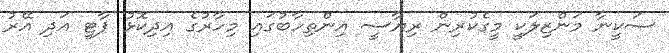
ސަކީނާ މަންޒިލަކީ މީގެކުރިން ރިޔާސީ އިންތިހާބުގައި މިހާރުގެ އިދިކޮޅު ޕާޓީ އަދި އޭރު